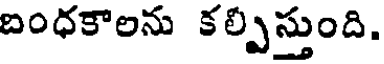
బంధకాలను కల్పిస్తుంది.